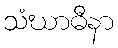
သံဃာဓီနာ